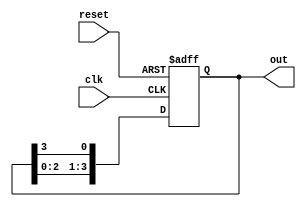
module ring_counter #(
    parameter N = 4  // Number of flip-flops in the ring counter
)(
    input wire clk,      // Clock signal
    input wire reset,    // Asynchronous reset signal
    output reg [N-1:0] out // Output representing the current state
);

// Internal signal for next state
reg [N-1:0] next_state;

// Always block for state storage
always @(posedge clk or posedge reset) begin
    if (reset) begin
        // Initialize the counter to state `1000` (or '1' in the first flip-flop)
        out <= 1 << (N - 1); // Set to the first flip-flop only
    end else begin
        // Shift the '1' to the next position
        out <= {out[N-2:0], out[N-1]}; // Shift right
    end
end

endmodule